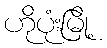
ဟိုပုံးမြို့